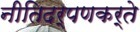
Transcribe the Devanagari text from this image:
नीतिदर्पणकर्ते